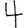
Digit: 4